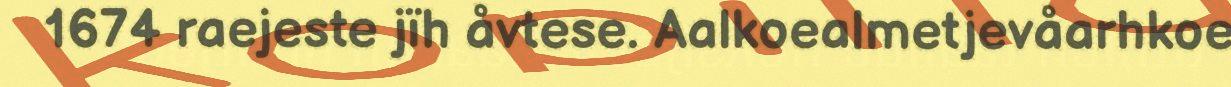
1674 raejeste jïh åvtese. Aalkoealmetjevåarhkoe